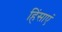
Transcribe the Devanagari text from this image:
हिंसाएं